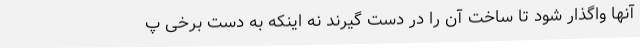
آنها واگذار شود تا ساخت آن را در دست گیرند نه اینکه به دست برخی پ